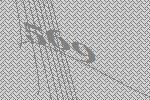
569